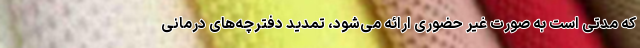
که مدتی است به صورت غیر حضوری ارائه می‌شود، تمدید دفترچه‌های درمانی